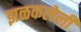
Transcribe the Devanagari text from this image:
झळकलेली